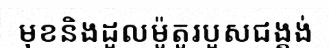
មុខនិងដួលម៉ូតូរបួសជង្គង់